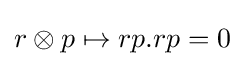
r\otimes p\mapsto rp.rp=0